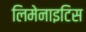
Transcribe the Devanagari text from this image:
लिमेनाइटिस